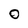
Character: 0